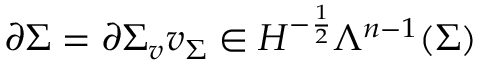
\partial \Sigma = \partial \Sigma _ { v } v _ { \Sigma } \in H ^ { - \frac { 1 } { 2 } } \Lambda ^ { n - 1 } ( \Sigma )